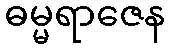
ဓမ္မရာဇေန